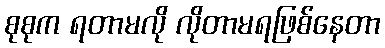
စုစုက ရတာမလို လိုတာမရဖြစ်နေတာ